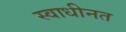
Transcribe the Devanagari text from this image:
स्वाधीनत